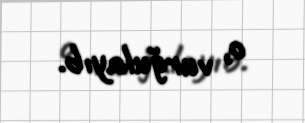
o, vurğulayıb.